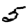
Digit: 5